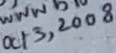
Text: Oct 3, 2008